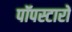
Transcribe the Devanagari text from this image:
पॉपस्टारों